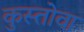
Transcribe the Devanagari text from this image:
कुस्तोवा